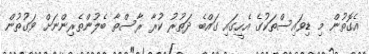
އެގޮތުން މި ޑިވައިސްތަކުގެ އެހީގައި ގައްބެ ދަތުރު ކުރާ ރާސްތާ ބެލުންތެރިންނަށް ވަގުތުން